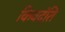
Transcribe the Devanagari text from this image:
किवदंति